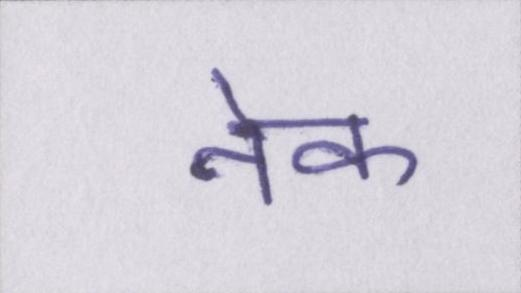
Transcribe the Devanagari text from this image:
नेक